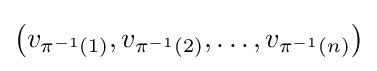
{\big (}v_{\pi ^{-1}(1)},v_{\pi ^{-1}(2)},\ldots ,v_{\pi ^{-1}(n)}{\big )}